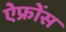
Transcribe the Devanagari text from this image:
ऐफ्रोंस